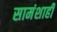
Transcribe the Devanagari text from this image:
सामंशाही